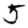
Digit: 5